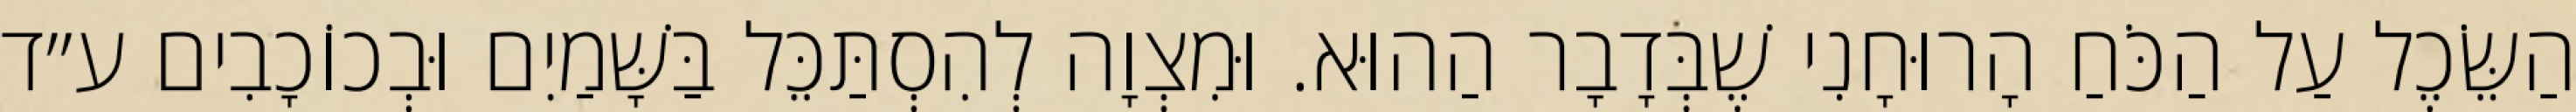
הַשֵּׂכֶל עַל הַכֹּחַ הָרוּחָנִי שֶׁבְּדָבָר הַהוּא. וּמִצְוָה לְהִסְתַּכֵּל בַּשָּׁמַיִם וּבְכוֹכָבִים ע״ד